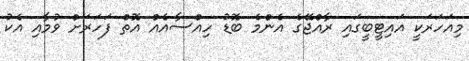
މިއަހަރަކީ އައިޓީބީގައި ރާއްޖޭގެ އެންމެ ބޮޑު ހިއްސާއެއް އޮތް ފަހަރަށް ވުމާއި އެކު